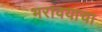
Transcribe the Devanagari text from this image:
भरावयाचा